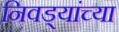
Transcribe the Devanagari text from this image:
निवड्यांच्या